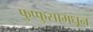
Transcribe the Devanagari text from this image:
फुप्फुसामधून